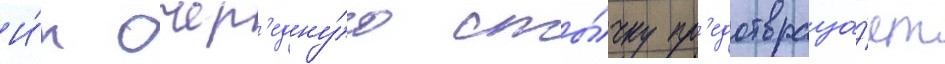
И́х очер'едну́ю сты́чку пр'едотвраща́ет